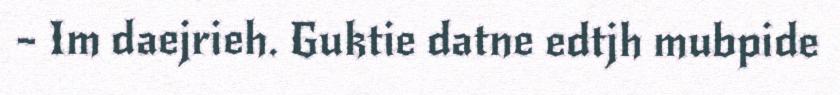
– Im daejrieh. Guktie datne edtjh mubpide